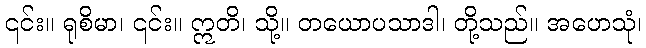
၎င်း။ ရုစိမာ၊ ၎င်း။ ဣတိ၊ သို့။ တယောပသာဒါ၊ တို့သည်။ အဟေသုံ၊